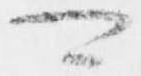
可